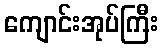
ကျောင်းအုပ်ကြီး